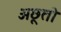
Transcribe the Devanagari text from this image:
अछूतो